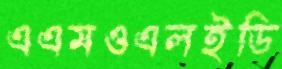
এএমওএলইডি